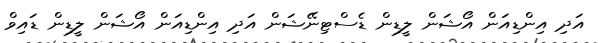
އަދި އިންޑިއަން އޯޝަން ލީޑިން ޑެސްޓިނޭޝަން އަދި އިންޑިއަން އޯޝަން ލީޑިން ޑައިވް